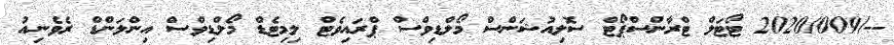
--/2020/009 ޓޯޓަލް ޓްރާންސްޕޯޓް ސޮލިއުޝަންސް މޯލްޑިވްސް ޕްރައިވެޓް ލިމިޓެޑް މޯލްޑިވްސް އިންލަންޑް ރެވެނިއު